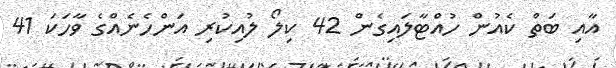
އާއި ބަތް ކެއުން ހުއްޓާލައިގެން 42 ކިލޯ ލުއިކުރި އަންހެނެއްގެ ވާހަކަ 41